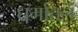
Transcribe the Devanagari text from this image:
धर्मातलं